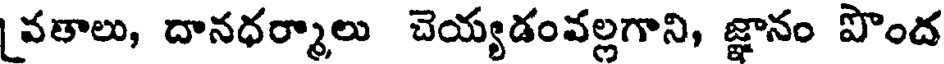
వతాలు, దానధర్మాలు చెయ్యడంవల్లగాని, జ్ఞానం పొంద